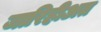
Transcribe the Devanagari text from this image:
जारिहीअत